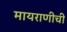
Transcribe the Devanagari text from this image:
मायराणीची